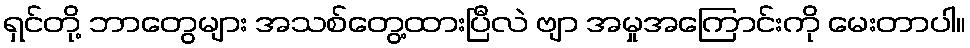
ရှင်တို့ ဘာတွေများ အသစ်တွေ့ထားပြီလဲ ဗျာ အမှုအကြောင်းကို မေးတာပါ။